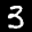
Label: 3